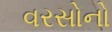
વરસોનો